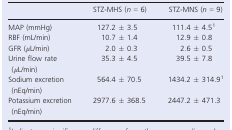
<table><thead><tr><td></td><td><b>STZ‐MHS (<i>n</i> = 6)</b></td><td><b>STZ‐MNS (<i>n</i> = 9)</b></td></tr></thead><tbody><tr><td>MAP (mmHg)</td><td>127.2 ± 3.5</td><td>111.4 ± 4.5a</td></tr><tr><td>RBF (mL/min)</td><td>10.7 ± 1.4</td><td>12.9 ± 0.8</td></tr><tr><td>GFR (<i>μ</i>L/min)</td><td>2.0 ± 0.3</td><td>2.6 ± 0.5</td></tr><tr><td>Urine flow rate (<i>μ</i>L/min)</td><td>35.3 ± 4.5</td><td>39.5 ± 7.8</td></tr><tr><td>Sodium excretion (nEq/min)</td><td>564.4 ± 70.5</td><td>1434.2 ± 314.9a</td></tr><tr><td>Potassium excretion (nEq/min)</td><td>2977.6 ± 368.5</td><td>2447.2 ± 471.3</td></tr></tbody></table>